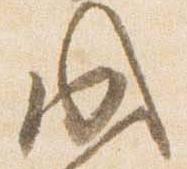
成